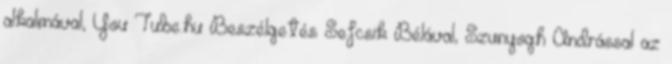
alkalmával, You Tube.hu Beszélgetés Sefcsik Bélával, Szunyogh Andrással az